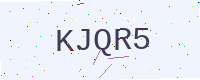
Text: KJQR5